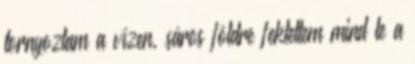
tornyoztam a vízen, sáros földre fektettem mind le a